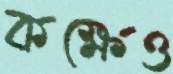
কক্ষেও